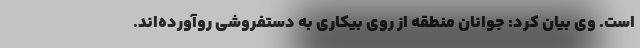
است. وی بیان کرد: جوانان منطقه از روی بیکاری به دستفروشی روآورده‌اند.